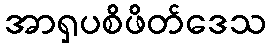
အာရှပစိဖိတ်ဒေသ